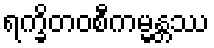
ရက္ခိတဝစီကမ္မန္တဿ